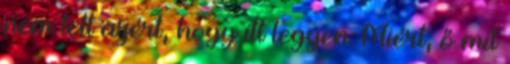
nem tett azért, hogy itt legyen: Miért, ő mit